65_HS1-834228961_62-HQ-83894_Section_4
Agency: FBI
Page 14
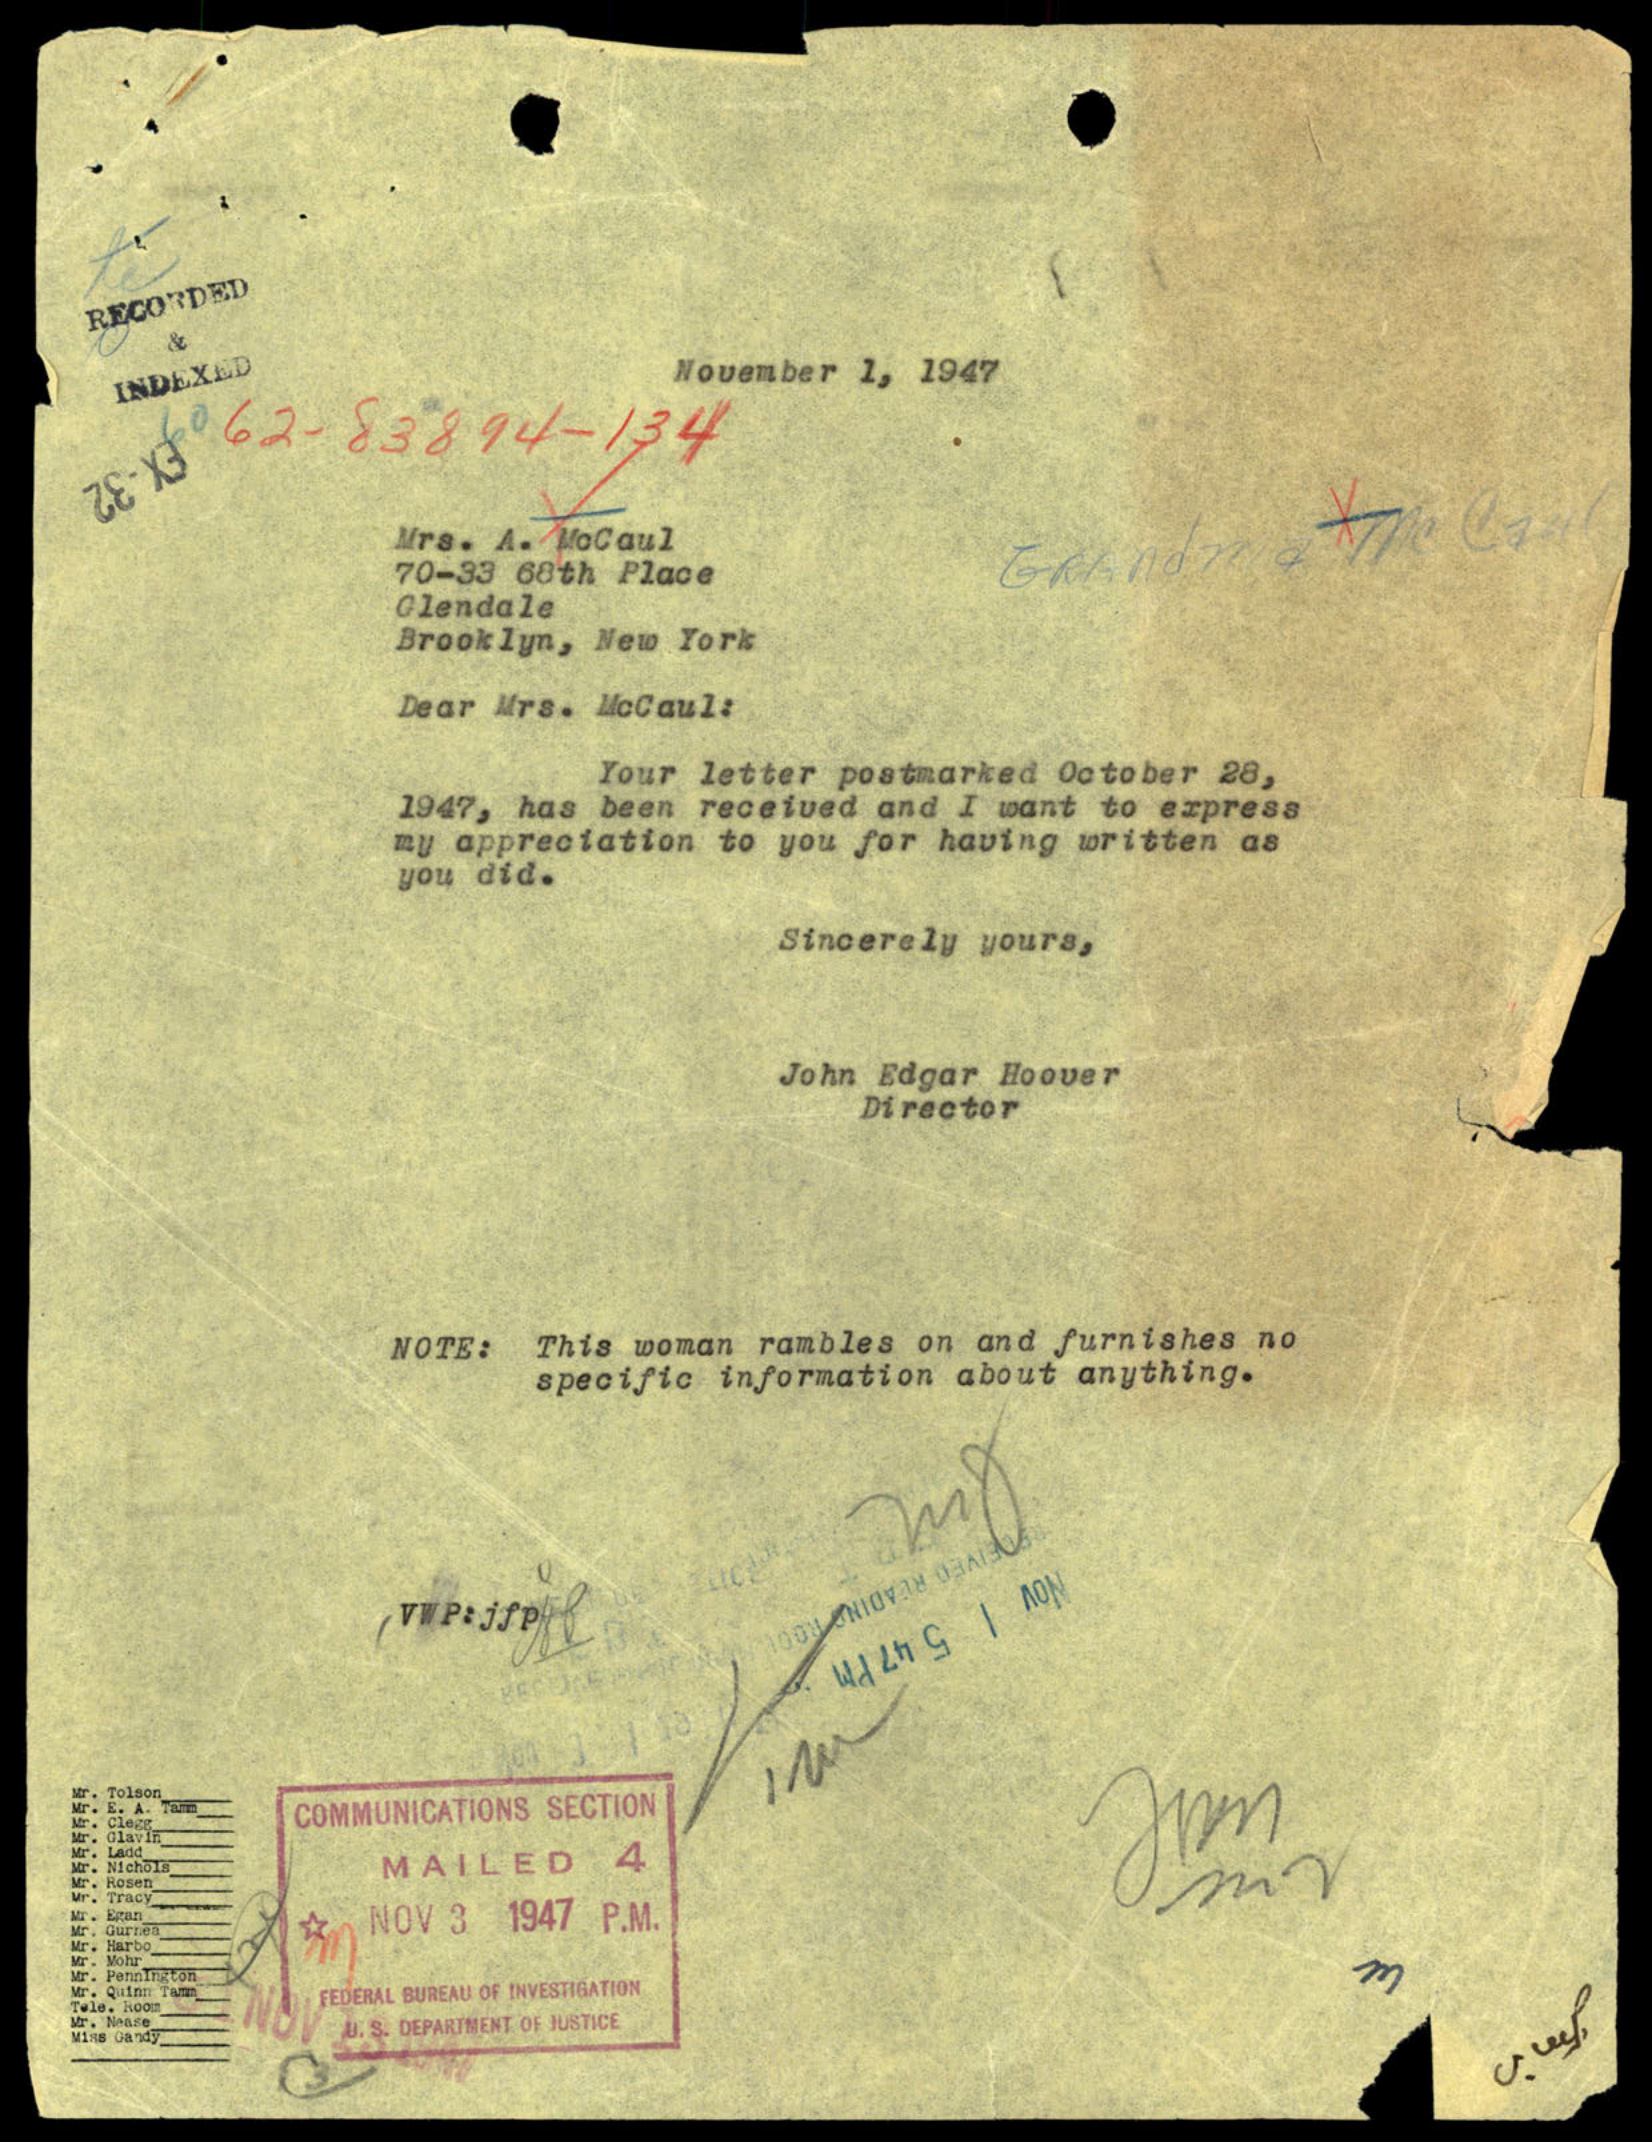